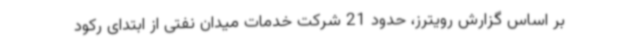
بر اساس گزارش رویترز، حدود 21 شرکت خدمات میدان نفتی از ابتدای رکود